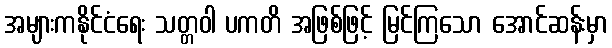
အများကနိုင်ငံရေး သတ္တဝါ ပကတိ အဖြစ်ဖြင့် မြင်ကြသော အောင်ဆန်းမှာ